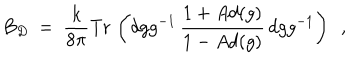
LaTeX: B _ { D } \ = \ \frac { k } { 8 \pi } \mathrm { T r } \, \left( d g g ^ { - 1 } \, \frac { 1 + A d ( g ) } { 1 - A d ( g ) } \, d g g ^ { - 1 } \right) \ \ ,